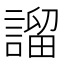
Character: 𧪭